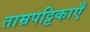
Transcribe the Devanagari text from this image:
ताम्रपट्टिकाएँ